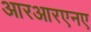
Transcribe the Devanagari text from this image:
आरआरएनए